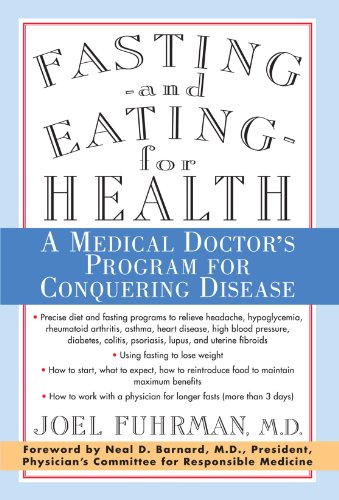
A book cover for Fasting and Eating for Health: A Medical Doctor's Program for Conquering Disease; Joel Fuhrman; Medical Books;